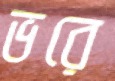
ভরে